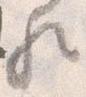
歟